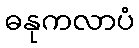
ဓနုကလာပံ